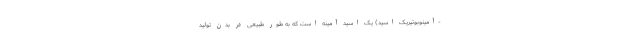
-آمینوبوتیریک اسید) یک اسید آمینه است که به طور طبیعی در بدن تولید